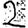
Digit: 2